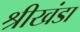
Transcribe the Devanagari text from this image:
श्रीखंडा